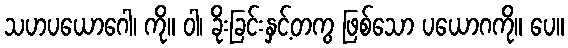
သဟပယောဂေါ၊ ကို။ ဝါ၊ ခိုးခြင်းနှင့်တကွ ဖြစ်သော ပယောဂကို။ ပေ။